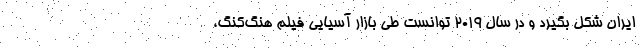
ایران شکل بگیرد و در سال ۲۰۱۹ توانست طی بازار آسیایی فیلم هنگ‌کنگ،